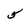
Character: 5